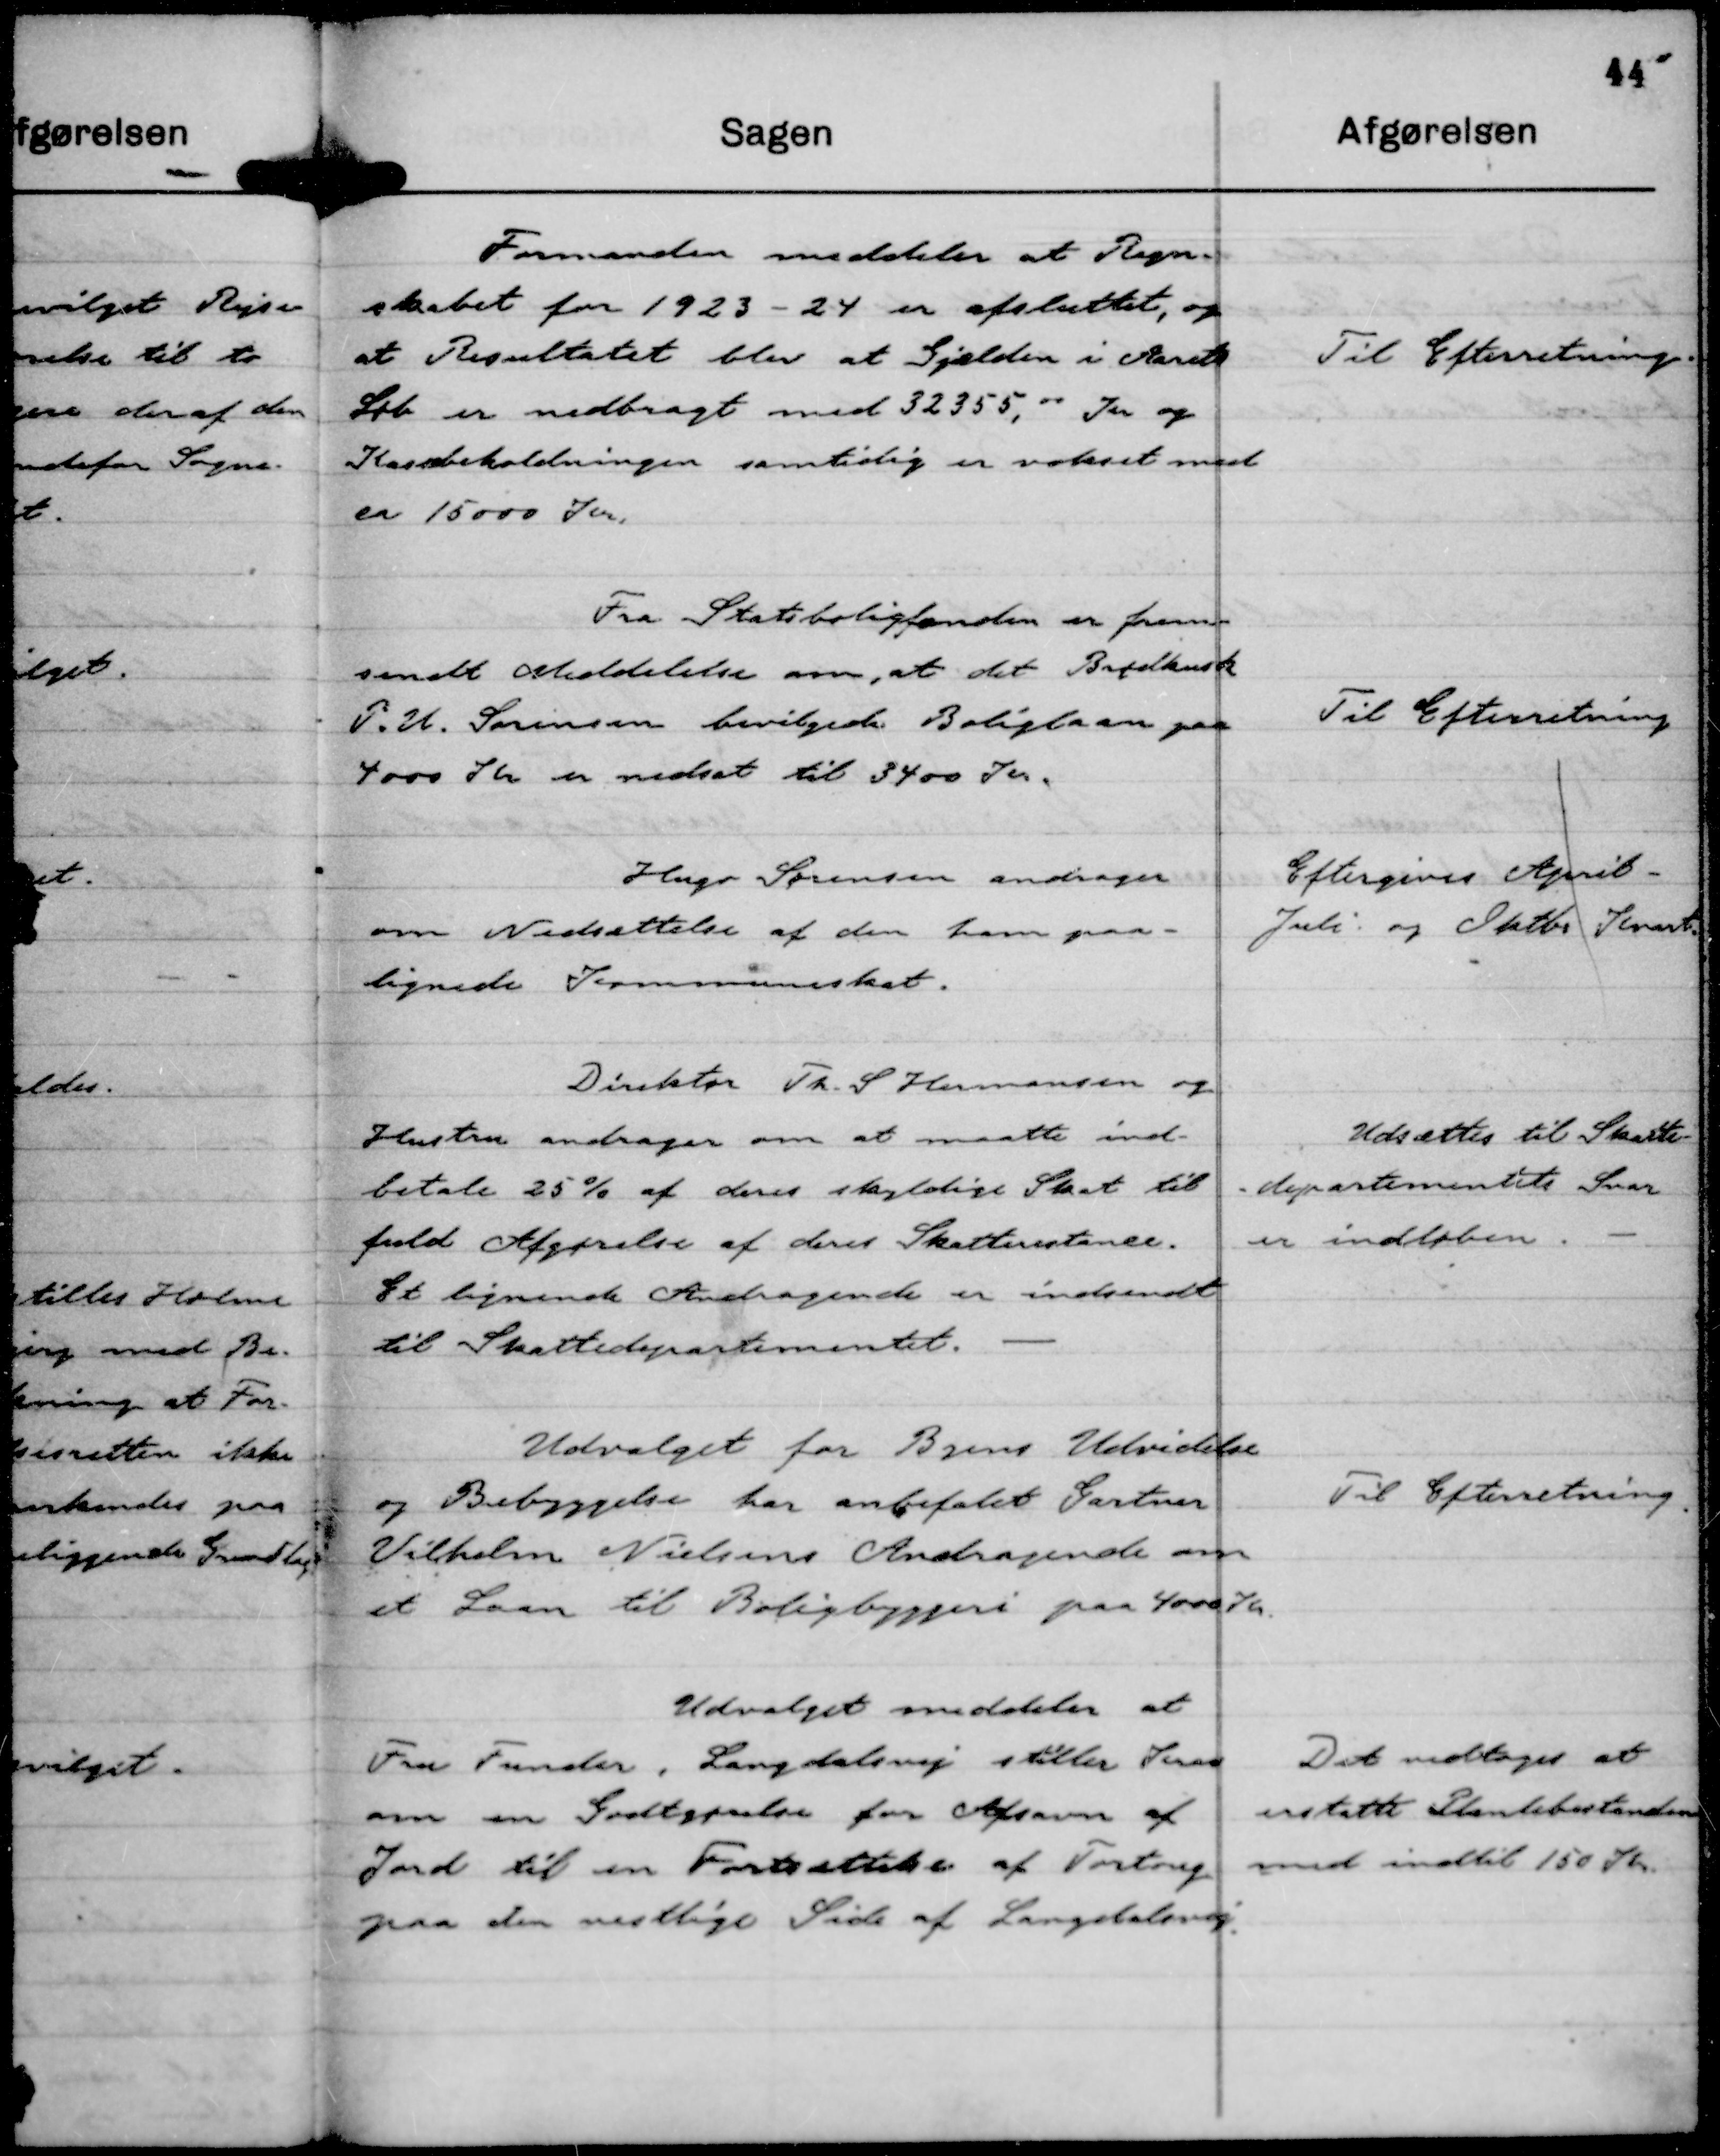
Transskription:
Formanden meddeler at Regn-
skabet for 1923 - 24 er afsluttet, og
at Resultatet blev at Gjælden i Aarets
Løb er nedbragt med 32355, 00 Kr og
Kassebeholdningen samtidig er vokset med
ca 15000 Kr.

Til Efterretning.

Fra Statsboligfonden er frem-
sendt Meddelelse om, at det Brødkusk
P. U. Sørensen bevilgede Boliglaan paa
4000 Kr er nedsat til 3400 Kr.

Til Efterretning

Hugo Sørensen andrager
om Nedsættelse af den ham paa-
lignede Kommuneskat.

Eftergives April -
Juli og Oktbr Kvart.

Direktør Th. S Hermansen og
Hustru andrager om at maatte ind-
betale 25 % af deres skyldige Skat til
fuld Afgørelse af deres Skatterestance.
Et lignende Andragende er indsendt
til Skattedepartementet.

Udsættes til Skatte-
-departementets Svar
er indløben.

Udvalget for Byens Udvidelse
og Bebyggelse har anbefalet Gartner
Vilhelm Nielsens Andragende om
et Laan til Boligbyggeri paa 4000 kr.

Til Efterretning.

Udvalget meddeler at
Fru Funder, Langdalsvej stiller Krav
om en Godtgørelse for Afsavn af
Jord til en Fortsættelse af Fortoug
paa den vestlige Side af Langdalsvej.

Det vedtoges at
erstatte Plantebestanden
med indtil 150 Kr.